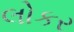
લોકર